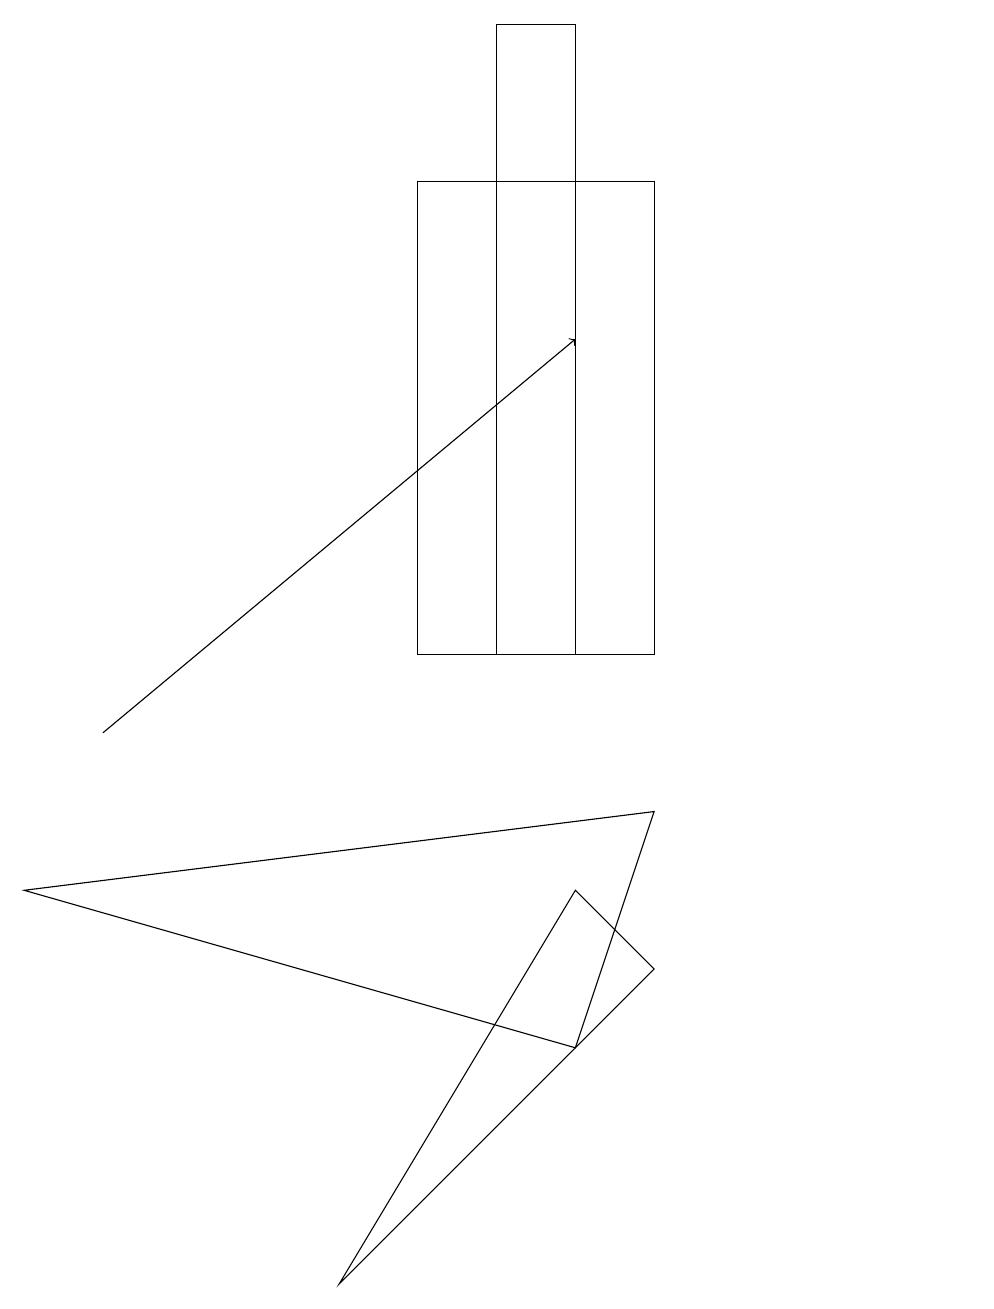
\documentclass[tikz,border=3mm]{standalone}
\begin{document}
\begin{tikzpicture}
\draw (7,6) -- (0,8) -- (8,9) -- cycle;
\draw (4,3) -- (8,7) -- (7,8) -- cycle;
\draw (7,11) rectangle (6,19);
\draw (5,17) rectangle (8,11);
\draw (12,10) circle (0);
\draw[->] (1,10) -- (7,15);
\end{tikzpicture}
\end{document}